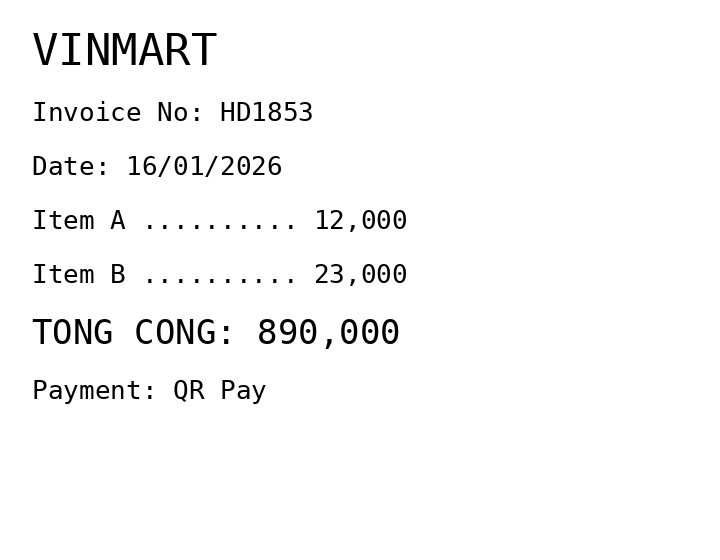
VINMART
Invoice No: HD1853
Date: 16/01/2026
Item A .......... 12,000
Item B .......... 23,000
TONG CONG: 890,000
Payment: QR Pay
Merchant: vinmart
Date: 2026-01-16
Total: 890000
Invoice No: HD1853
Payment method: QR